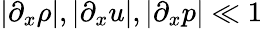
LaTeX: |\partial_{x}\rho|,|\partial_{x}u|,|\partial_{x}p|\ll 1